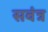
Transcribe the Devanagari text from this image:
सवंत्र